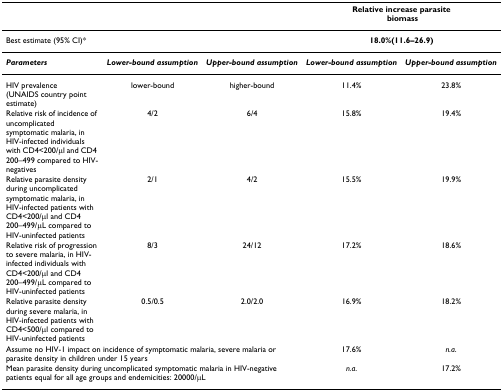
<table><thead><tr><td></td><td></td><td></td><td colspan="2"><b>Relative increase parasite biomass</b></td></tr></thead><tbody><tr><td>Best estimate (95% CI)*</td><td></td><td></td><td colspan="2"><b>18.0%(11.6–26.9)</b></td></tr><tr><td><b><i>Parameters</i></b></td><td><b><i>Lower-bound assumption</i></b></td><td><b><i>Upper-bound assumption</i></b></td><td><b><i>Lower-bound assumption</i></b></td><td><b><i>Upper-bound assumption</i></b></td></tr><tr><td>HIV prevalence (UNAIDS country point estimate)</td><td>lower-bound</td><td>higher-bound</td><td>11.4%</td><td>23.8%</td></tr><tr><td>Relative risk of incidence of uncomplicated symptomatic malaria, in HIV-infected individuals with CD4&lt;200/μl and CD4 200–499 compared to HIV-negatives</td><td>4/2</td><td>6/4</td><td>15.8%</td><td>19.4%</td></tr><tr><td>Relative parasite density during uncomplicated symptomatic malaria, in HIV-infected patients with CD4&lt;200/μl and CD4 200–499/μL compared to HIV-uninfected patients</td><td>2/1</td><td>4/2</td><td>15.5%</td><td>19.9%</td></tr><tr><td>Relative risk of progression to severe malaria, in HIV-infected individuals with CD4&lt;200/μl and CD4 200–499/μL compared to HIV-uninfected patients</td><td>8/3</td><td>24/12</td><td>17.2%</td><td>18.6%</td></tr><tr><td>Relative parasite density during severe malaria, in HIV-infected patients with CD4&lt;500/μl compared to HIV-uninfected patients</td><td>0.5/0.5</td><td>2.0/2.0</td><td>16.9%</td><td>18.2%</td></tr><tr><td colspan="3">Assume no HIV-1 impact on incidence of symptomatic malaria, severe malaria or parasite density in children under 15 years</td><td>17.6%</td><td><i>n.a</i>.</td></tr><tr><td colspan="3">Mean parasite density during uncomplicated symptomatic malaria in HIV-negative patients equal for all age groups and endemicities: 20000/μL</td><td><i>n.a</i>.</td><td>17.2%</td></tr></tbody></table>